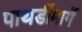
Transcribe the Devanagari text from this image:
पाथर्डीमार्गे